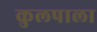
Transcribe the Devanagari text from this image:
कुलपाला